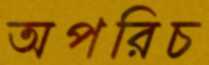
অপরিচ